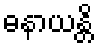
ဓနာယန္တိ